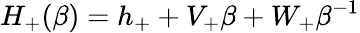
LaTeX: H_{+}(\beta)=h_{+}+V_{+}\beta+W_{+}\beta^{-1}